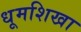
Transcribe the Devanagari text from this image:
धूमशिखा